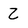
Character: Z